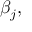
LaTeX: \beta _ { j } ,